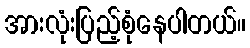
အားလုံးပြည့်စုံနေပါတယ်။